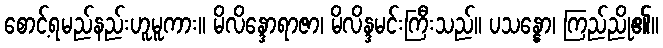
စောင့်ရမည်နည်းဟူမူကား။ မိလိန္ဒောရာဇာ၊ မိလိန္ဒမင်းကြီးသည်။ ပသန္နော၊ ကြည်ညို၏။